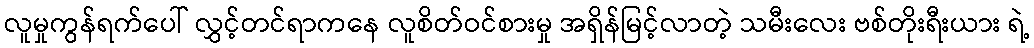
လူမှုကွန်ရက်ပေါ် လွှင့်တင်ရာကနေ လူစိတ်ဝင်စားမှု အရှိန်မြင့်လာတဲ့ သမီးလေး ဗစ်တိုးရီးယား ရဲ့